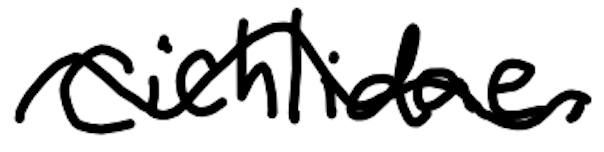
Text: Cichlidae.
Cross-out: wave
Writing tool: digital_black